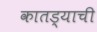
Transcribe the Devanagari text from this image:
कातड्याची